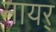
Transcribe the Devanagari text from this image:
नायर्